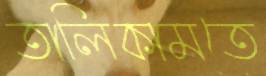
তালিকামতে